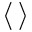
\langle \, \rangle